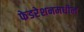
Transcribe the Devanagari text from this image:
फेडरेशनमधील